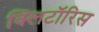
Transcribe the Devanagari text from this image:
क्लिटॉरिस